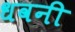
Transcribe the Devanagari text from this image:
धवनी